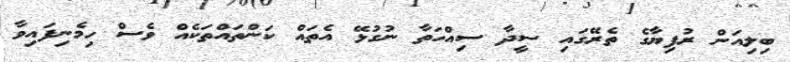
ބިލިއަން ރުފިޔާގެ ތެރޭގައި ސީދާ ސިއްހަތާ ނުގުޅޭ އެތައް ކަންތައްތަކެއް ވެސް ހިމެނިފައިވާ